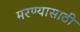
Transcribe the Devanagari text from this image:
मरण्यासाठी